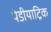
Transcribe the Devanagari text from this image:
पेडीयाट्रिक